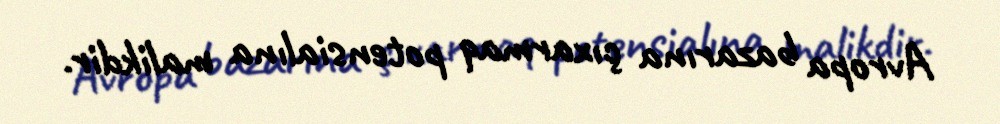
Avropa bazarına çıxarmaq potensialına malikdir.